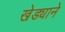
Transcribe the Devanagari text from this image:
खेड्याने